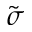
\tilde { \sigma }